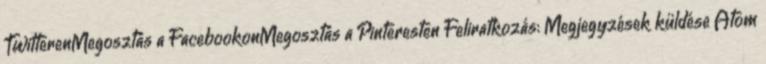
TwitterenMegosztás a FacebookonMegosztás a Pinteresten Feliratkozás: Megjegyzések küldése Atom